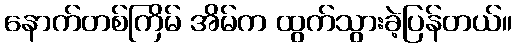
နောက်တစ်ကြိမ် အိမ်က ထွက်သွားခဲ့ပြန်တယ်။